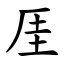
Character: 厓